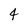
Character: 4